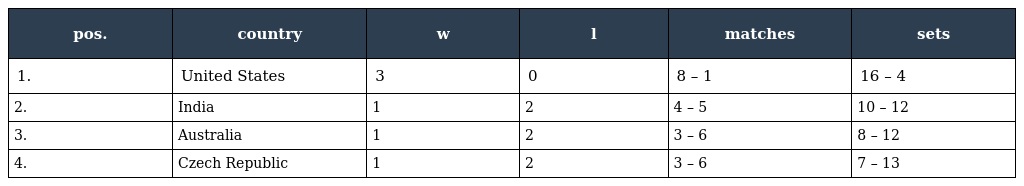
| pos. | country | w | l | matches | sets |
 | --- | --- | --- | --- | --- | --- |
 | 1. | United States | 3 | 0 | 8 – 1 | 16 – 4 |
 | 2. | India | 1 | 2 | 4 – 5 | 10 – 12 |
 | 3. | Australia | 1 | 2 | 3 – 6 | 8 – 12 |
 | 4. | Czech Republic | 1 | 2 | 3 – 6 | 7 – 13 |